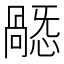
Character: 𢢸